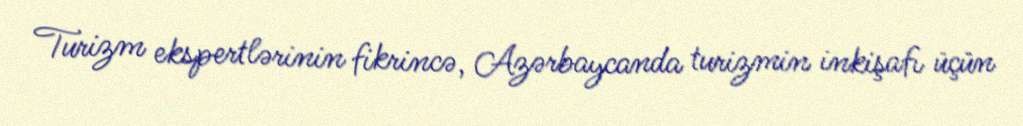
Turizm ekspertlərinin fikrincə, Azərbaycanda turizmin inkişafı üçün